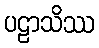
ပဠာသိဿ